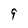
Character: 9